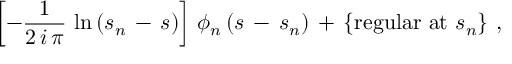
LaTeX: \left[ - \frac { 1 } { 2 \, i \, \pi } \, \ln \, ( s _ { n } \, - \, s ) \right] \, \phi _ { n } \, ( s \, - \, s _ { n } ) \, + \, \{ \mathrm { r e g u l a r ~ a t } \, \, s _ { n } \} \, \, ,